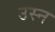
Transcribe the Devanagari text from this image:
उस्न